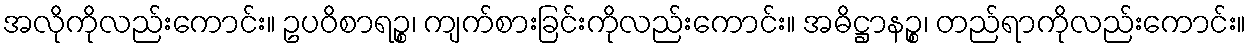
အလိုကိုလည်းကောင်း။ ဥပဝိစာရဉ္စ၊ ကျက်စားခြင်းကိုလည်းကောင်း။ အဓိဋ္ဌာနဉ္စ၊ တည်ရာကိုလည်းကောင်း။